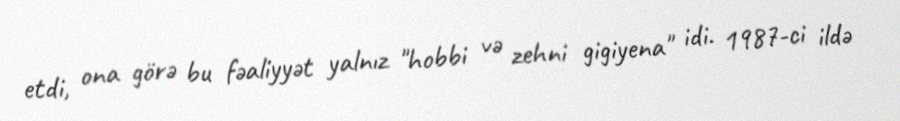
etdi, ona görə bu fəaliyyət yalnız "hobbi və zehni gigiyena" idi. 1987-ci ildə